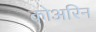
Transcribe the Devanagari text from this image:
कोअरिन